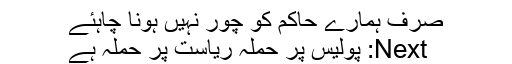
صرف ہمارے حاکم کو چور نہیں ہونا چاہئے
Next: پولیس پر حملہ ریاست پر حملہ ہے